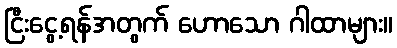
ငြီးငွေ့ရန်အတွက် ဟောသော ဂါထာများ။